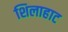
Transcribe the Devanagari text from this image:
शिलाहाट